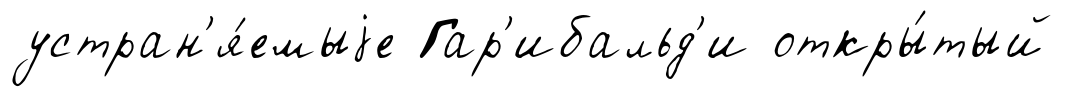
устран'я́емыjе Гар'ибальд'и откры́тый